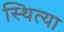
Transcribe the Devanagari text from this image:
स्थित्या